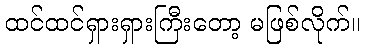
ထင်ထင်ရှားရှားကြီးတော့ မဖြစ်လိုက်။